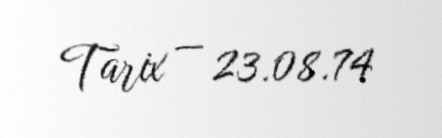
Tarix — 23.08.74